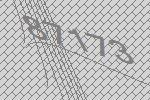
87173